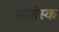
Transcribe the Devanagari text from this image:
रोमांस्क